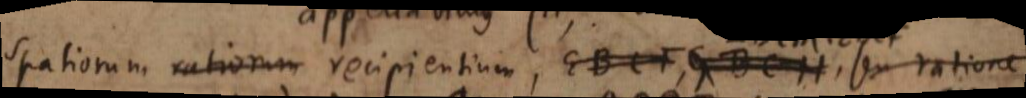
spatiorum rationem recipientium, EBCF, GBCH, seu ratione